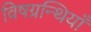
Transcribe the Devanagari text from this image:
विषग्रन्थियाँ